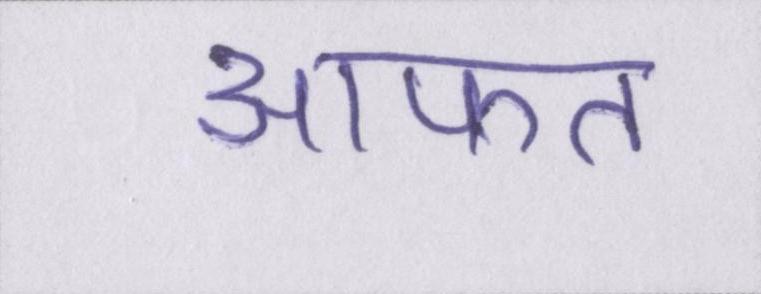
आफत